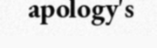
apology's